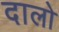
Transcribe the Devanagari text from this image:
दालो